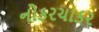
નોકરચાકર